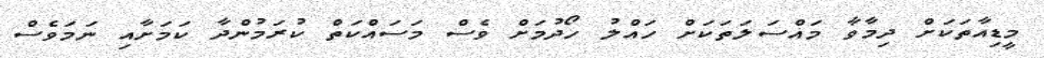
މީޑިއާތަކަށް ދިމާވާ މައްސަލަތަކަށް ހައްލު ހޯދުމަށް ވެސް މަސައްކަތް ކުރަމުންދާ ކަމަށާއި ނަމަވެސް